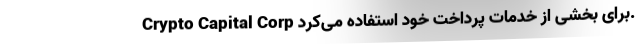
Crypto Capital Corp برای بخشی از خدمات پرداخت خود استفاده می‌کرد.